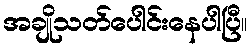
အချိုသတ်ပေါင်းနေပါပြီ။